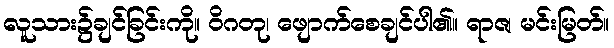
လူသား၌ချင်ခြင်းကို။ ဝိဂတု၊ ဖျောက်စေချင်ပါ၏။ ရာဇ၊ မင်းမြတ်။